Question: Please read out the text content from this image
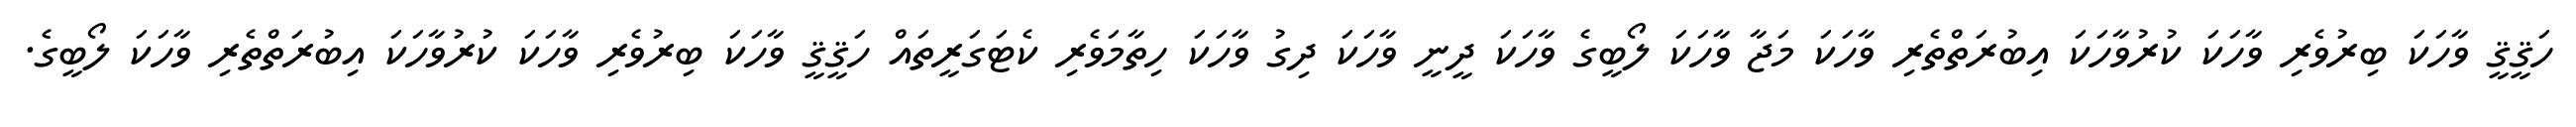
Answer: ހަޤީޤީ ވާހަކަ ބިރުވެރި ވާހަކަ ކުރުވާހަކަ އިބުރަތްތެރި ވާހަކަ މަޖާ ވާހަކަ ލޯބީގެ ވާހަކަ ދީނީ ވާހަކަ ދިގު ވާހަކަ ހިތާމަވެރި ކެޓަގަރީތައް ހަޤީޤީ ވާހަކަ ބިރުވެރި ވާހަކަ ކުރުވާހަކަ އިބުރަތްތެރި ވާހަކަ ލޯބީގެ.